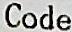
CODE